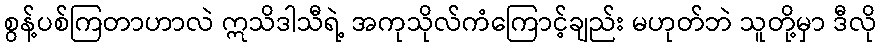
စွန့်ပစ်ကြတာဟာလဲ ဣသိဒါသီရဲ့ အကုသိုလ်ကံကြောင့်ချည်း မဟုတ်ဘဲ သူတို့မှာ ဒီလို